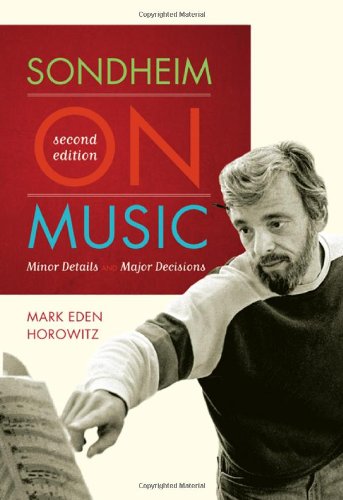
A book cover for Sondheim on Music: Minor Details and Major Decisions; Mark Eden Horowitz; Humor & Entertainment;